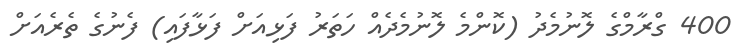
400 ގްރާމްގެ ލޮނުމެދު (ކޮންމެ ލޮނުމެދެއް ހަތަރު ފަޅިއަށް ފަޅާފައި) ފެނުގެ ތެރެއަށް